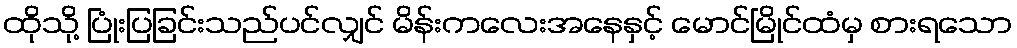
ထိုသို့ ပြုံးပြခြင်းသည်ပင်လျှင် မိန်းကလေးအနေနှင့် မောင်မြိုင်ထံမှ စားရသော